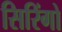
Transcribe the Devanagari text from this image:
सिरिंगो